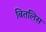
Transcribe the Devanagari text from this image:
बितलिस